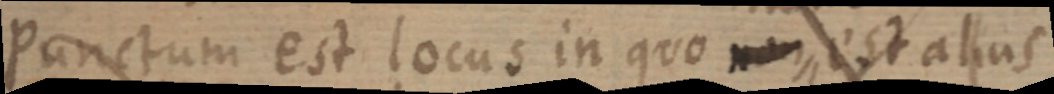
Punctum est locus in quo non, est alius